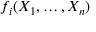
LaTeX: f _ { i } ( X _ { 1 } , \dots , X _ { n } )